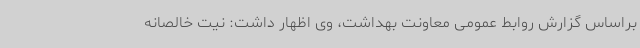
براساس گزارش روابط عمومی معاونت بهداشت، وی اظهار داشت: نیت خالصانه